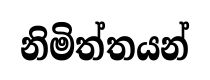
නිමිත්තයන්